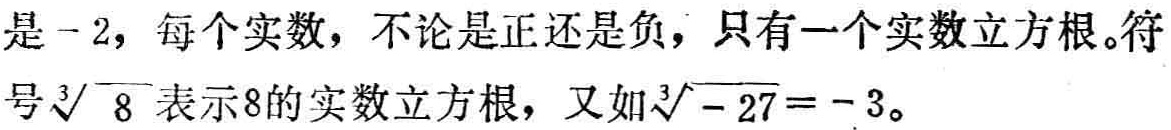
是 -2，每个实数，不论是正还是负，只有一个实数立方根。符号$\sqrt[3]{8}$表示8的实数立方根，又如$\sqrt[3]{-27}=-3$。